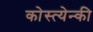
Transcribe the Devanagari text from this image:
कोस्त्येन्की